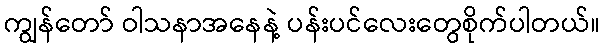
ကျွန်တော် ဝါသနာအနေနဲ့ ပန်းပင်လေးတွေစိုက်ပါတယ်။